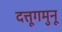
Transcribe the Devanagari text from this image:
दत्तूगमुनू